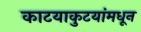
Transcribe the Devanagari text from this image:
काटयाकुटयांमधून